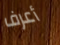
أعرف